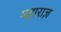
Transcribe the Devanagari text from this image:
महाराज़